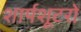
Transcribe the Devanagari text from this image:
शार्पशूटरों